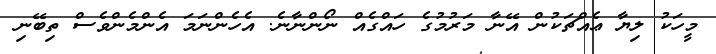
މީހަކު ލިޔާ ޢެއްޗަކުން އޭނާ މަރުމުގެ ހައްގެއް ނޯންނާނެ. އެހެންނަމަ އެންމެންވެސް ތިބޭނި